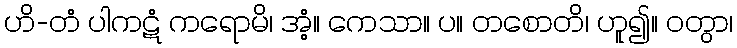
ဟိ-တံ ပါကဋံ ကရောမိ၊ အံ့။ ကေသာ။ ပ။ တစောတိ၊ ဟူ၍။ ဝတွာ၊